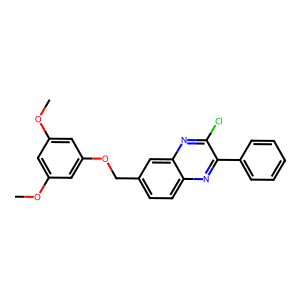
SMILES: COc1cc(OC)cc(OCc2ccc3nc(-c4ccccc4)c(Cl)nc3c2)c1
Inhibits HIV replication: No